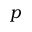
p